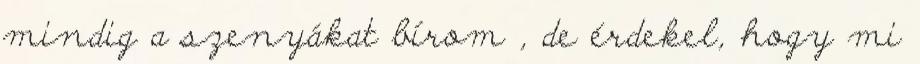
mindig a szenyákat bírom , de érdekel, hogy mi